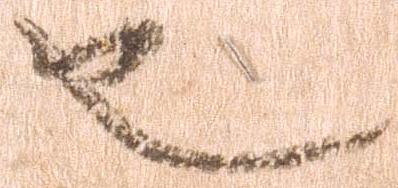
也